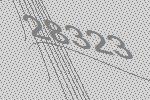
28323